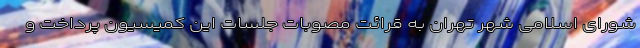
شورای اسلامی شهر تهران به قرائت مصوبات جلسات این کمیسیون پرداخت و